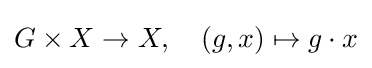
G\times X\to X,\quad (g,x)\mapsto g\cdot x